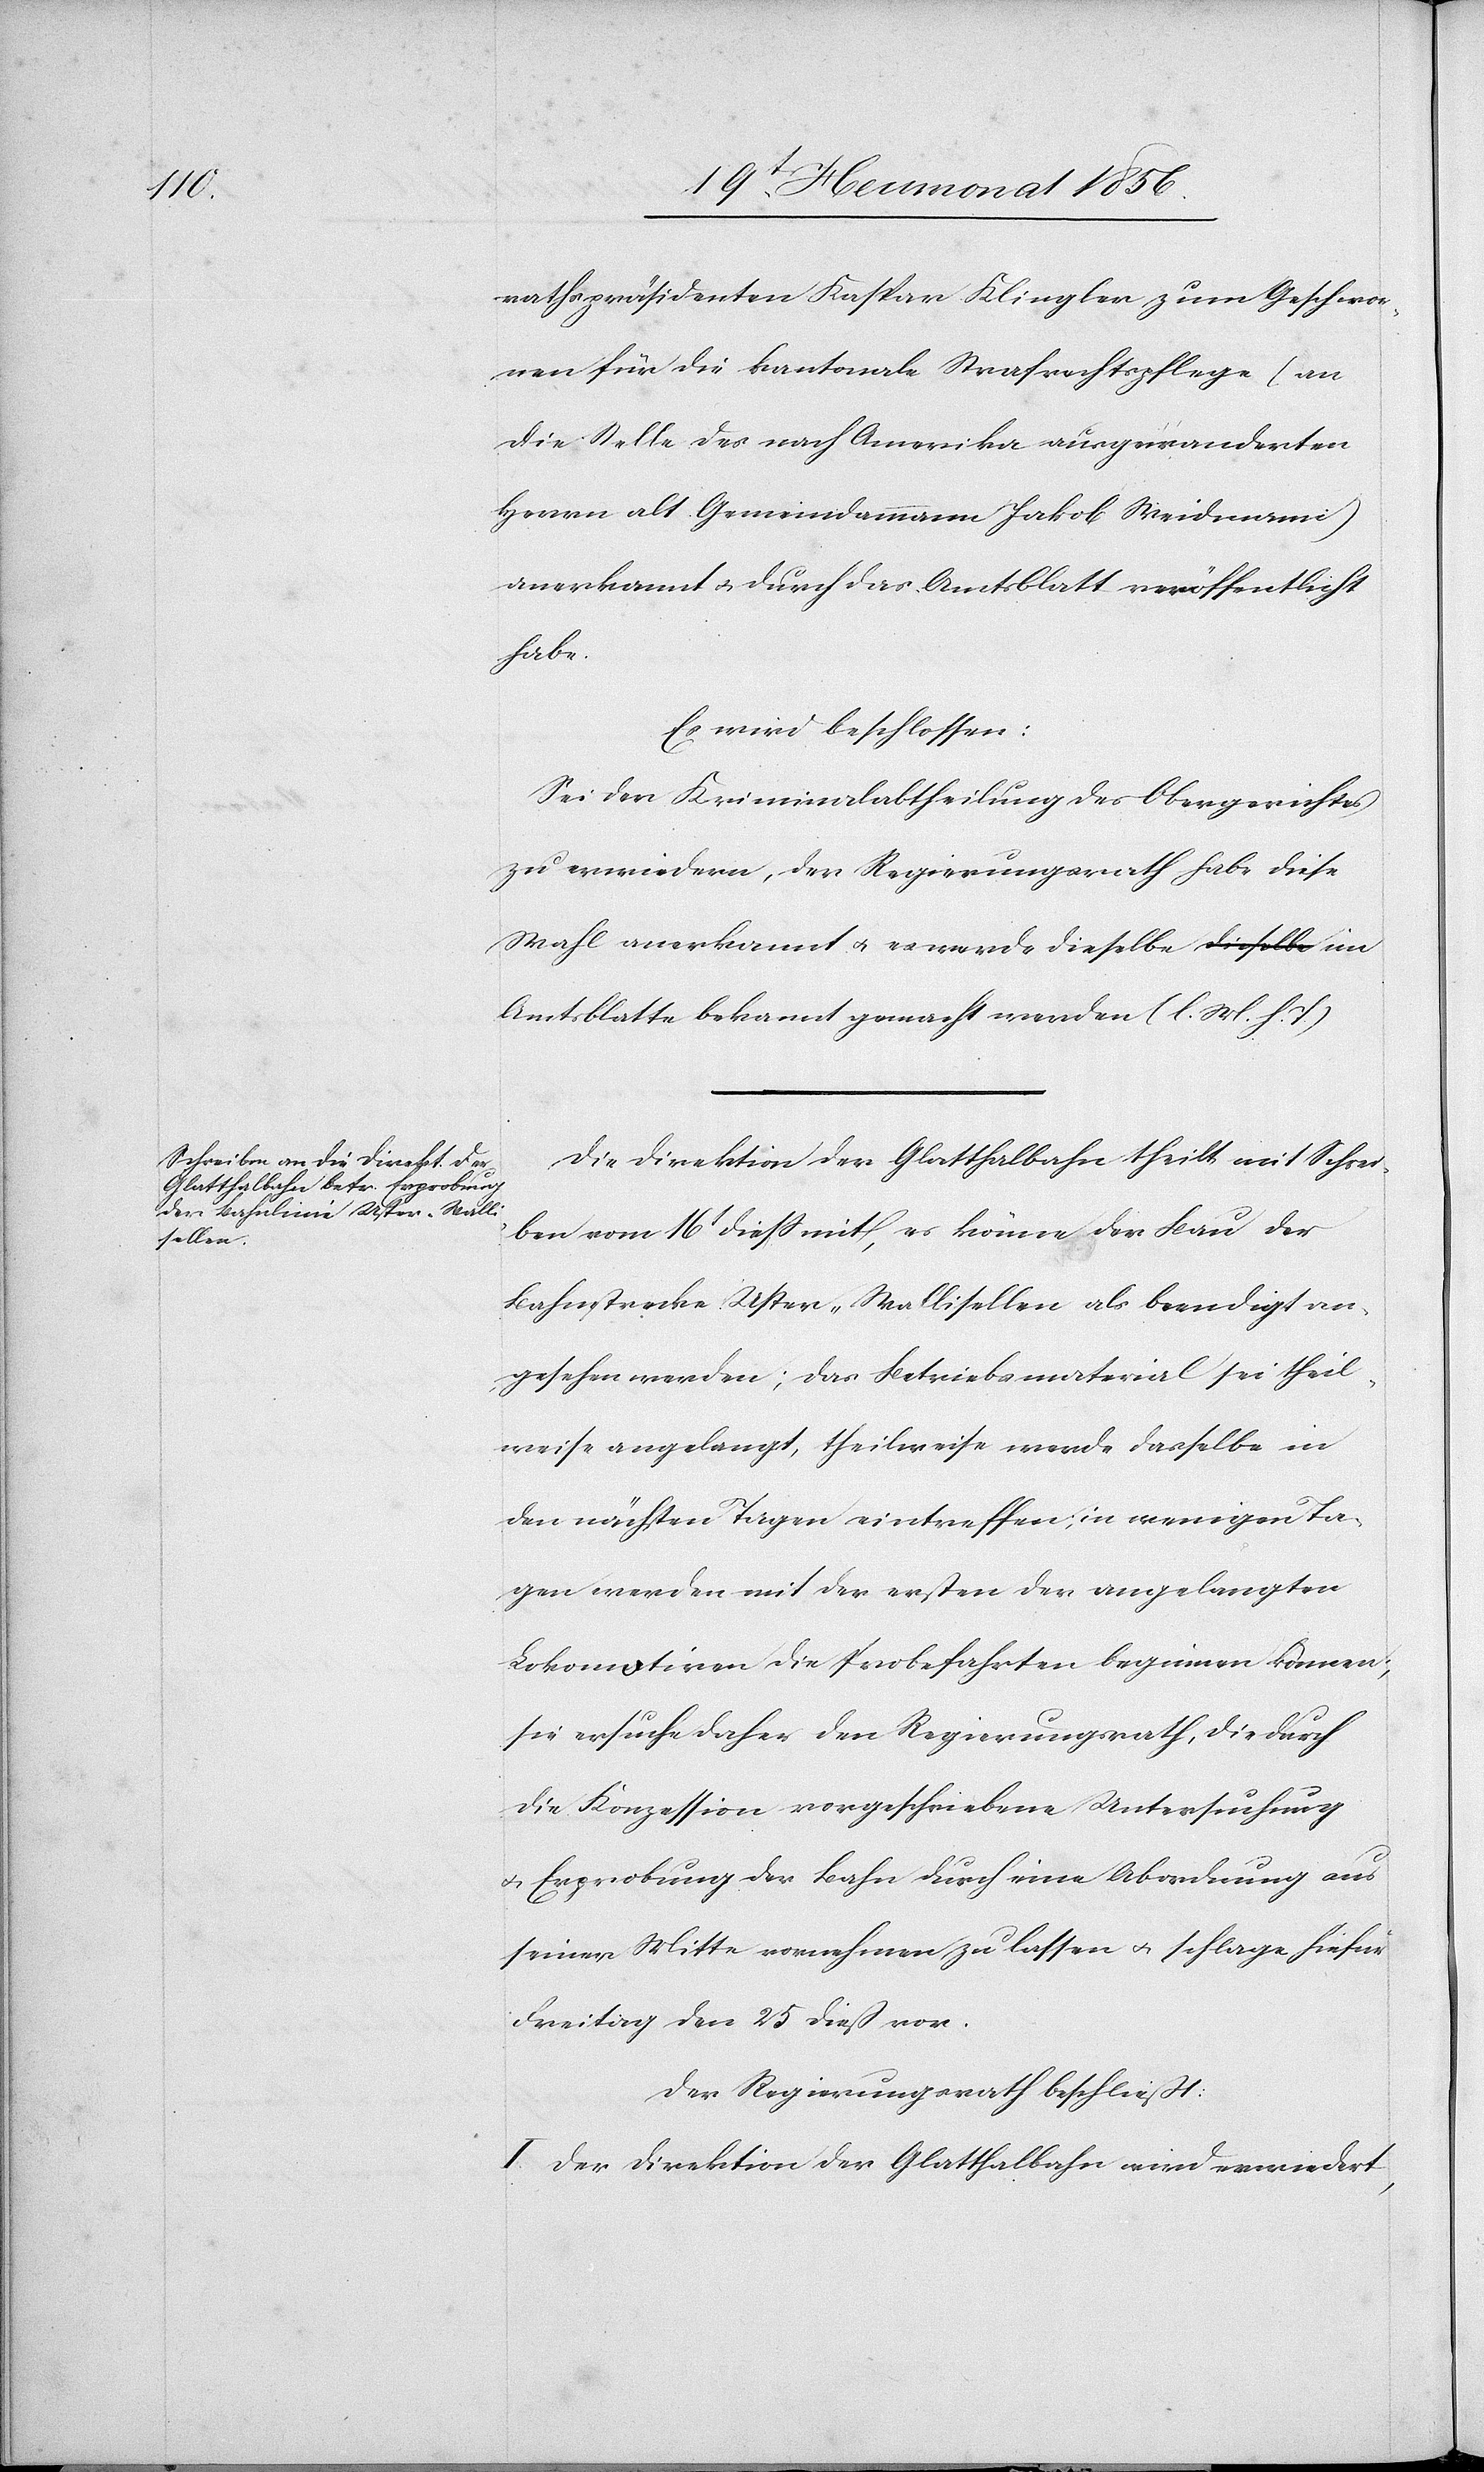
rathspräsidenten Kaspar Klingler zum Geschwor¬
nen für die kantonale Strafrechtspflege (an
die Stelle des nach Amerika ausgewanderten
Herrn alt Gemeindammann Jakob Weidmann)
anerkannt u. durch das Amtsblatt veröffentlicht
habe.
Es wird beschlossen:
Sei den Kriminalabtheilung des Obergerichtes
zu erwiedern, der Regierungsrath habe diese
Wahl anerkannt u. es werde dieselbe im A¬
mtsblatte bekannt gemacht werden (l. M. h. T.)
Die Direktion der Glatthalbahn theilt mit Schrei¬
ben vom 16t diess mit, es könne der Bau der
Bahnstrecke Uster-Wallisellen als beendigt an¬
gesehen werden; das Betriebsmaterial sei theil¬
weise angelangt, theilweise werde dasselbe in
den nächsten Tagen eintreffen; in wenigen Ta¬
gen werden mit der ersten der angelangten
Lokomotiven die Probefahrten beginnen können;
sie ersuche daher den Regierungsrath, die durch
die Konzession vorgeschriebene Untersuchung
seiner Mitte vornehmen zu lassen u. schlage hiefür
Freitag den 25 dieß vor.
Der Regierungsrath beschließt:
I. Der Direktion der Glatthalbahn wird erwiedert,